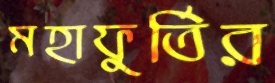
মহাফুর্তির